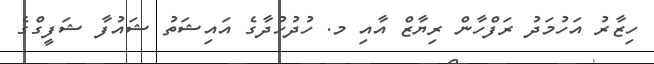
ހިޒާރު އަހުމަދު ރަފްހާން ރިޔާޒް އާއި މ. ހުދުހުދާގެ އައިޝަތު ޝައުފާ ޝަފީގްގެ